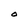
Character: O